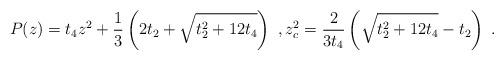
LaTeX: \begin{align*}P(z)=t_4z^2+\frac{1}{3}\left(2t_2+\sqrt{t_2^2+12t_4}\right)\ ,z_c^2=\frac{2}{3t_4}\left(\sqrt{t_2^2+12t_4}-t_2\right)\ .\end{align*}